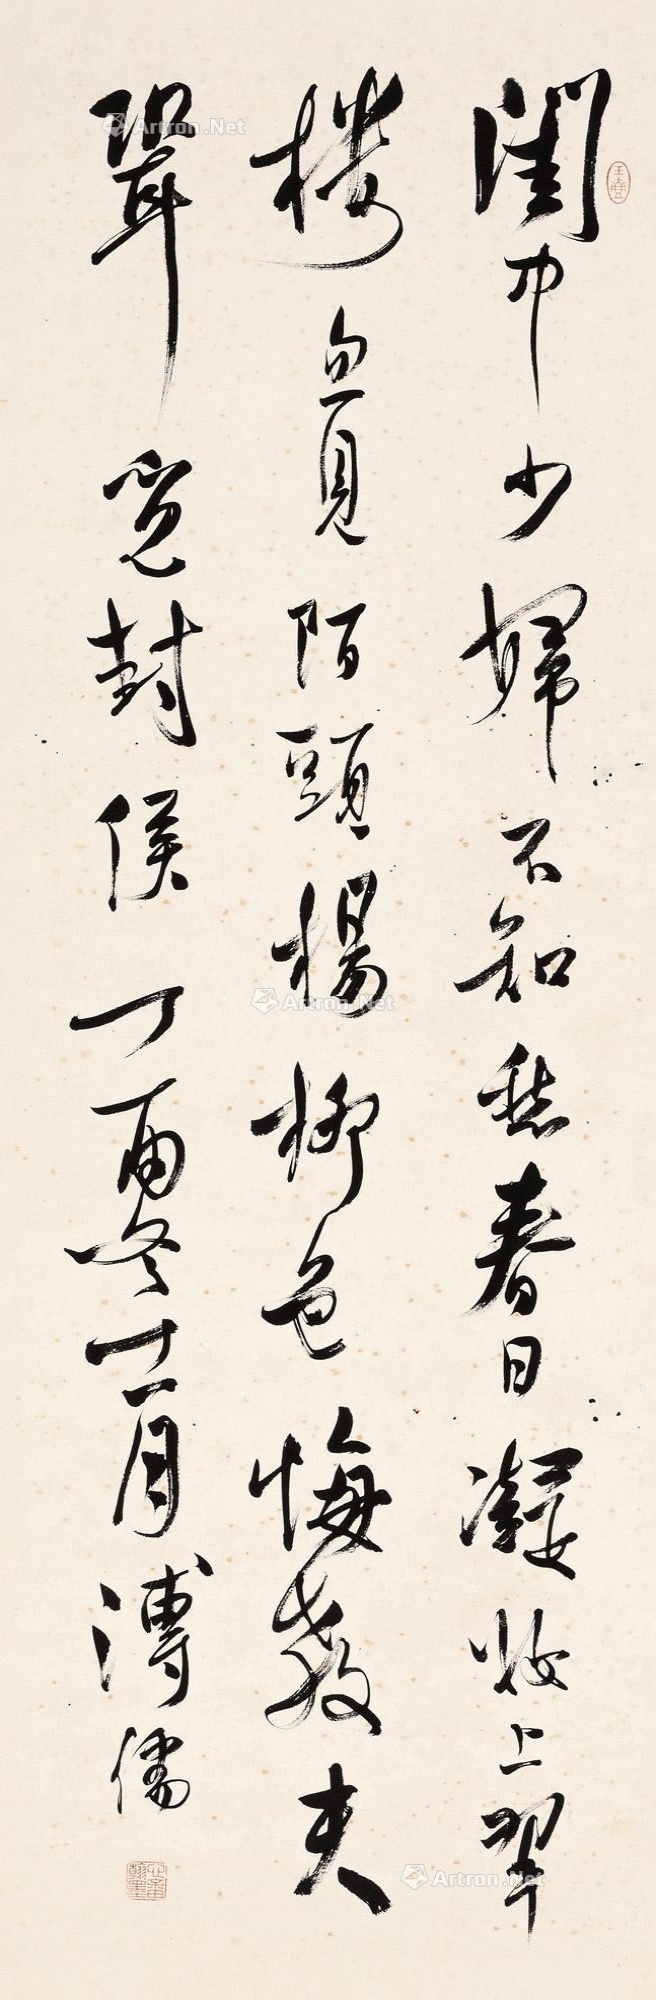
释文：闺中少妇不知愁，春日凝妆上翠楼。忽见陌头杨柳色，悔教夫婿觅封侯。丁酉冬十一月，溥儒。